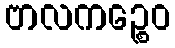
ဗာလကဉ္စေဝ